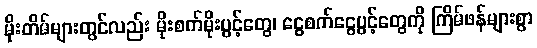
မိုးတိမ်များတွင်လည်း မိုးစက်မိုးပွင့်တွေ၊ ငွေစက်ငွေပွင့်တွေကို ကြိမ်ဖန်များစွာ